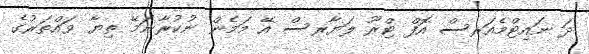
ދަ ނައިޓްމެއަރސް އޮފް ޓްރޫ ލަޔާރސް އޭ މަމެން ނުކުރާނަމޭ ތިޔާ ވައްތަރުގެ